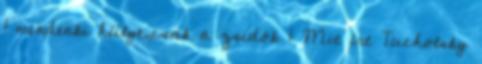
1 mindenki hülye,csak a zsidók 1 Mit írt Tucholsky